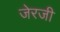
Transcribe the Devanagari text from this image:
जेरजी